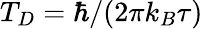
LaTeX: T_{D}=\hbar/(2\pi k_{B}\tau)